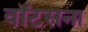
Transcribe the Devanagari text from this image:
वॉटसना